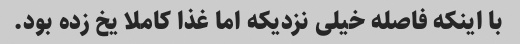
با اینکه فاصله خیلی نزدیکه اما غذا کاملا یخ زده بود.